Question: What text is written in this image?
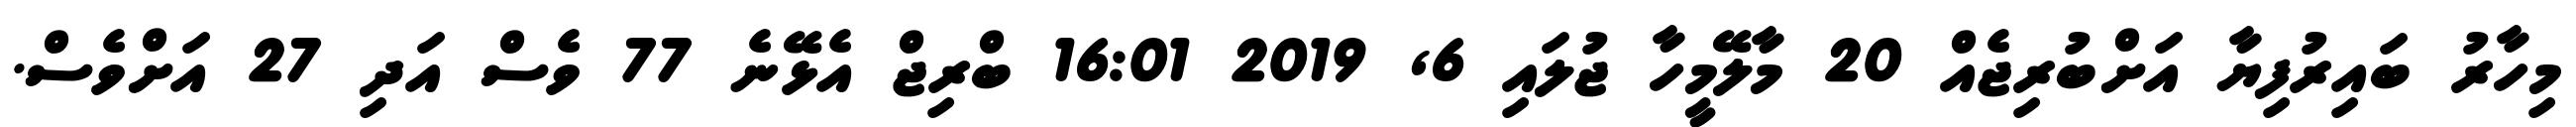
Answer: މިހާރު ބައިރުފިޔާ އަށްބުރިޖެއް 20 މާލޭމީހާ ޖުލައި 6, 2019 16:01 ބްރިޖް އެޅޭނެ 77 ވެސް އަދި 27 އަށްވެސް.